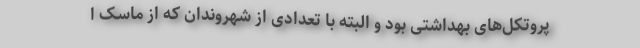
پروتکل‌های بهداشتی بود و البته با تعدادی از شهروندان که از ماسک ا